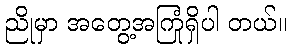
ညိုမှာ အတွေ့အကြုံရှိပါ တယ်။